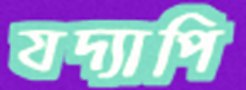
যদ্যাপি